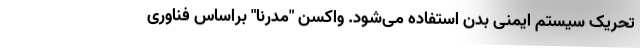
تحریک سیستم ایمنی بدن استفاده می‌شود. واکسن "مدرنا" براساس فناوری